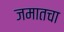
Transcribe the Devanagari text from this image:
जमातचा